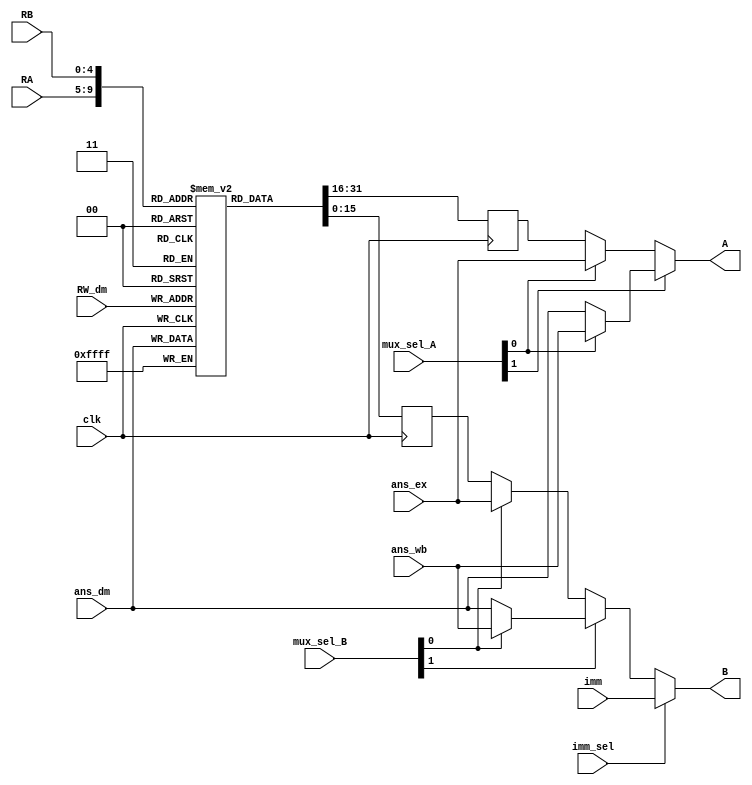
`timescale 1ns / 1ps
//----------------------------------------------------------------------
//Module Name :- Register Bank
//----------------------------------------------------------------------

module Reg_bank(A, B, ans_ex, ans_dm, ans_wb, imm, RA, RB, RW_dm, mux_sel_A, mux_sel_B, imm_sel, clk);

output [15:0] A, B;

input [15:0] ans_ex, ans_dm, ans_wb, imm;
input [4:0] RA, RB, RW_dm;
input [1:0] mux_sel_A, mux_sel_B;
input imm_sel, clk;
 
reg  [15:0] reg_bank[31:0], reg_A, reg_B;

always @ (posedge clk) 
begin
	reg_A <= reg_bank[RA];
	reg_B <= reg_bank[RB];	
	reg_bank[RW_dm] <= ans_dm;	
end

assign A = (mux_sel_A[1] == 1'b0) ? ((mux_sel_A[0] == 1'b0) ? reg_A: ans_ex) : ((mux_sel_A[0] == 1'b0) ? ans_dm: ans_wb);
assign B = (imm_sel == 1'b0) ? ((mux_sel_B[1] == 1'b0) ? ((mux_sel_B[0] == 1'b0) ? reg_B: ans_ex) : ((mux_sel_B[0] == 1'b0) ? ans_dm: ans_wb)): imm;

endmodule